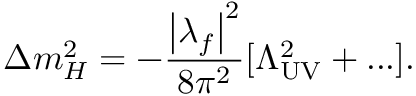
\Delta m _ { H } ^ { 2 } = - { \frac { \left| \lambda _ { f } \right| ^ { 2 } } { 8 \pi ^ { 2 } } } [ \Lambda _ { \mathrm { U V } } ^ { 2 } + . . . ] .